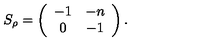
S _ { \rho } = \left( \begin{array} { c c } { - 1 } & { - n } \\ { 0 } & { - 1 } \\ \end{array} \right) .